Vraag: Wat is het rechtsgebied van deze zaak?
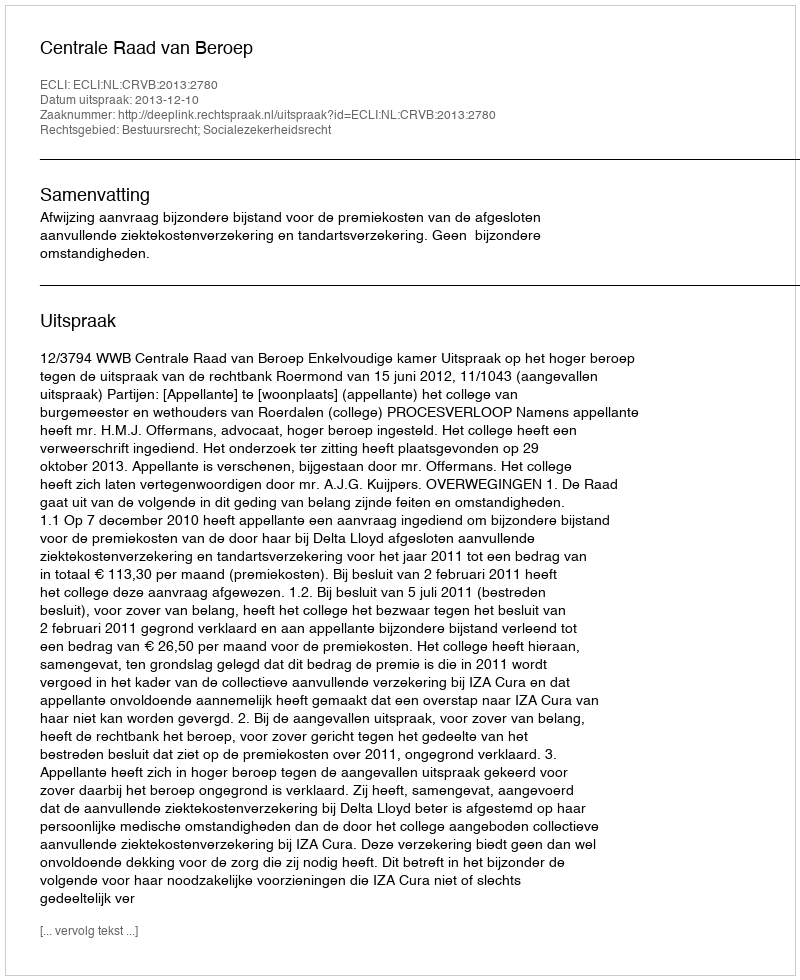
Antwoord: Bestuursrecht; Socialezekerheidsrecht